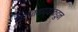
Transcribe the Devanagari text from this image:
दहशतवाद्यांकडुन